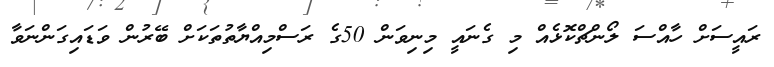
ރައީސަށް ހާއްސަ ލޯންޗްކޮޅެއް މި ގެނައީ މިނިވަން 50ގެ ރަސްމިއްޔާތުތަކަށް ބޭރުން ވަޑައިގަންނަވާ